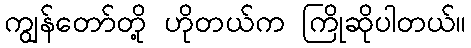
ကျွန်တော်တို့ ဟိုတယ်က ကြိုဆိုပါတယ်။